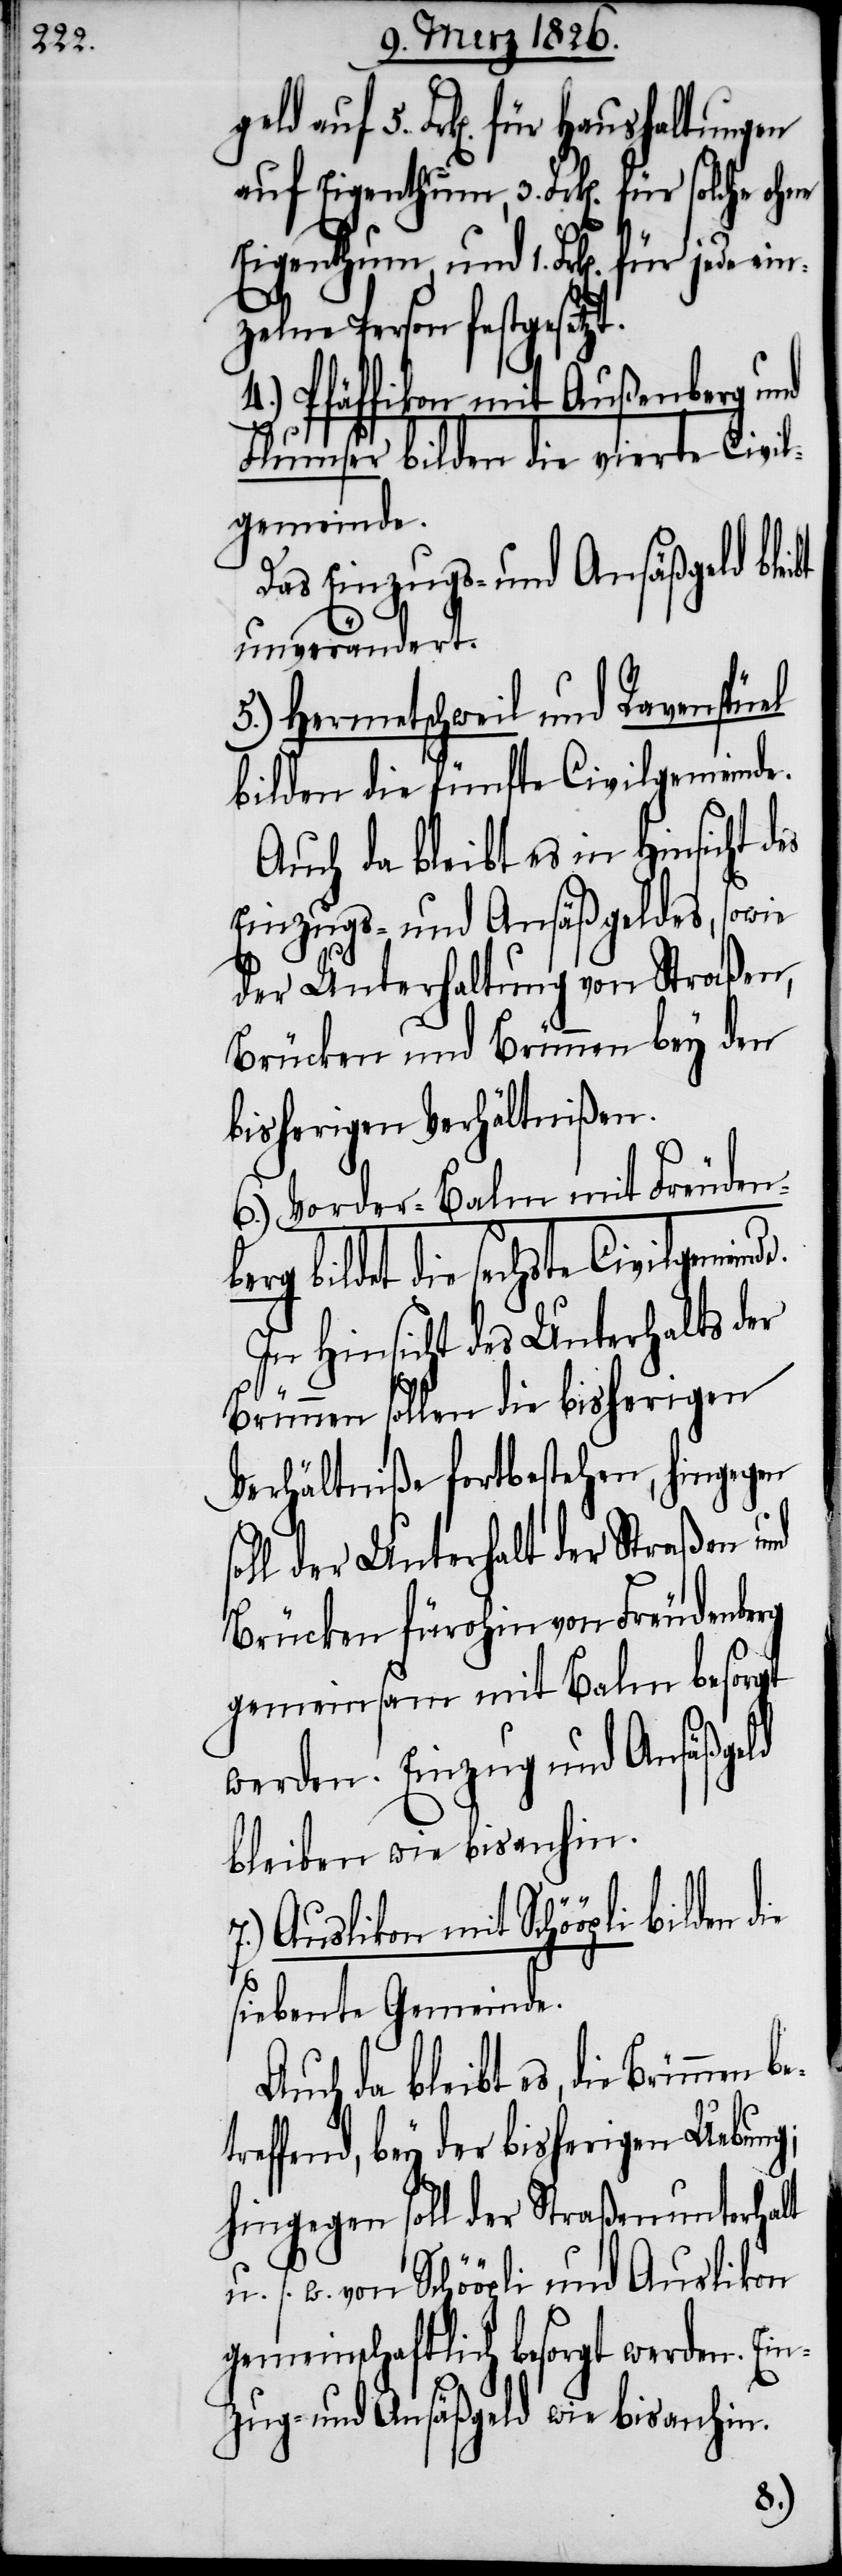
auf 5. Frk[en]. für Haushaltungen
auf Eigenthum, 3. Frk[en]. für solche ohne
Eigenthum, und 1. Frk[en]. für jede ein¬
zelne Person festgesetz¬
4.) Pfäffikon mit Außenberg und
Flumser bilden die vierte Civil¬
gemeinde.
Das Einzugs- und Ansäßgeld
unverändert.
5.) Hermetschweil und Ravenspüel
bilden die fünfte Civilgemeinde.
Auch da bleibt es in Hinsicht des
Einzugs- und Ansäßgeldes, sowie
der Unterhaltung von Straßen,
Brücken und Brünnen bey den
bisherigen Verhältnißen.
6.) Vorder-Balm mit Freuden¬
berg bildet die sechste Civilgemeind¬
In Hinsicht des Unterhalts der
Brünnen sollen die bisherigen
Verhältniße fortbestehen, hingegen
oll der Unterhalt der Straßen und
Brücken fürohin von Freudenberg
gemeinsam mit Balm besorgt
werden. Einzug und Ansäßgeld
bleiben wie bisanhin.
7.) Auslikon mit Schööpli bilden
siebente Gemeinde.
Auch da bleibt es, die Brünnen
reffend, bey der bisherigen Uebung;
hingegen soll der Straßenunterhalt
u. s. w. von Schööpli und Auslikon
gemeinschaftlich besorgt werden. Ein¬
zug- und Ansäßgeld wie bisanhin.
bet¬